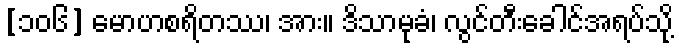
[၁၀၆] မောဟစရိတဿ၊ အား။ ဒိသာမုခံ၊ လွင်တီးခေါင်အရပ်သို့